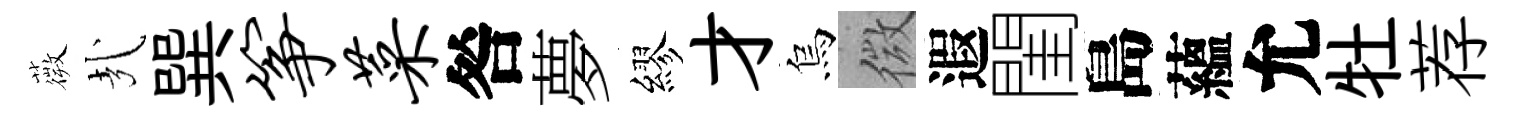
薇㢤巽筝菜咎夢繆才烏微遐閨島蘊允牡荐